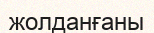
жолданғаны